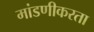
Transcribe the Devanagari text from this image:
मांडणीकरता